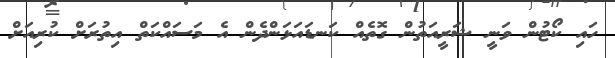
ހައި ކޯޓުން ވަނީ ޝަރީއަތުން ގޮތެއް ކަނޑައަޅަންދެން އެ މަސައްކަތް އިތުރަށް ކުރިއަށް